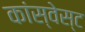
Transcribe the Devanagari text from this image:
कांस्वेस्ट